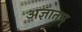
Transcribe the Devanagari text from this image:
अज्ञातम्‌